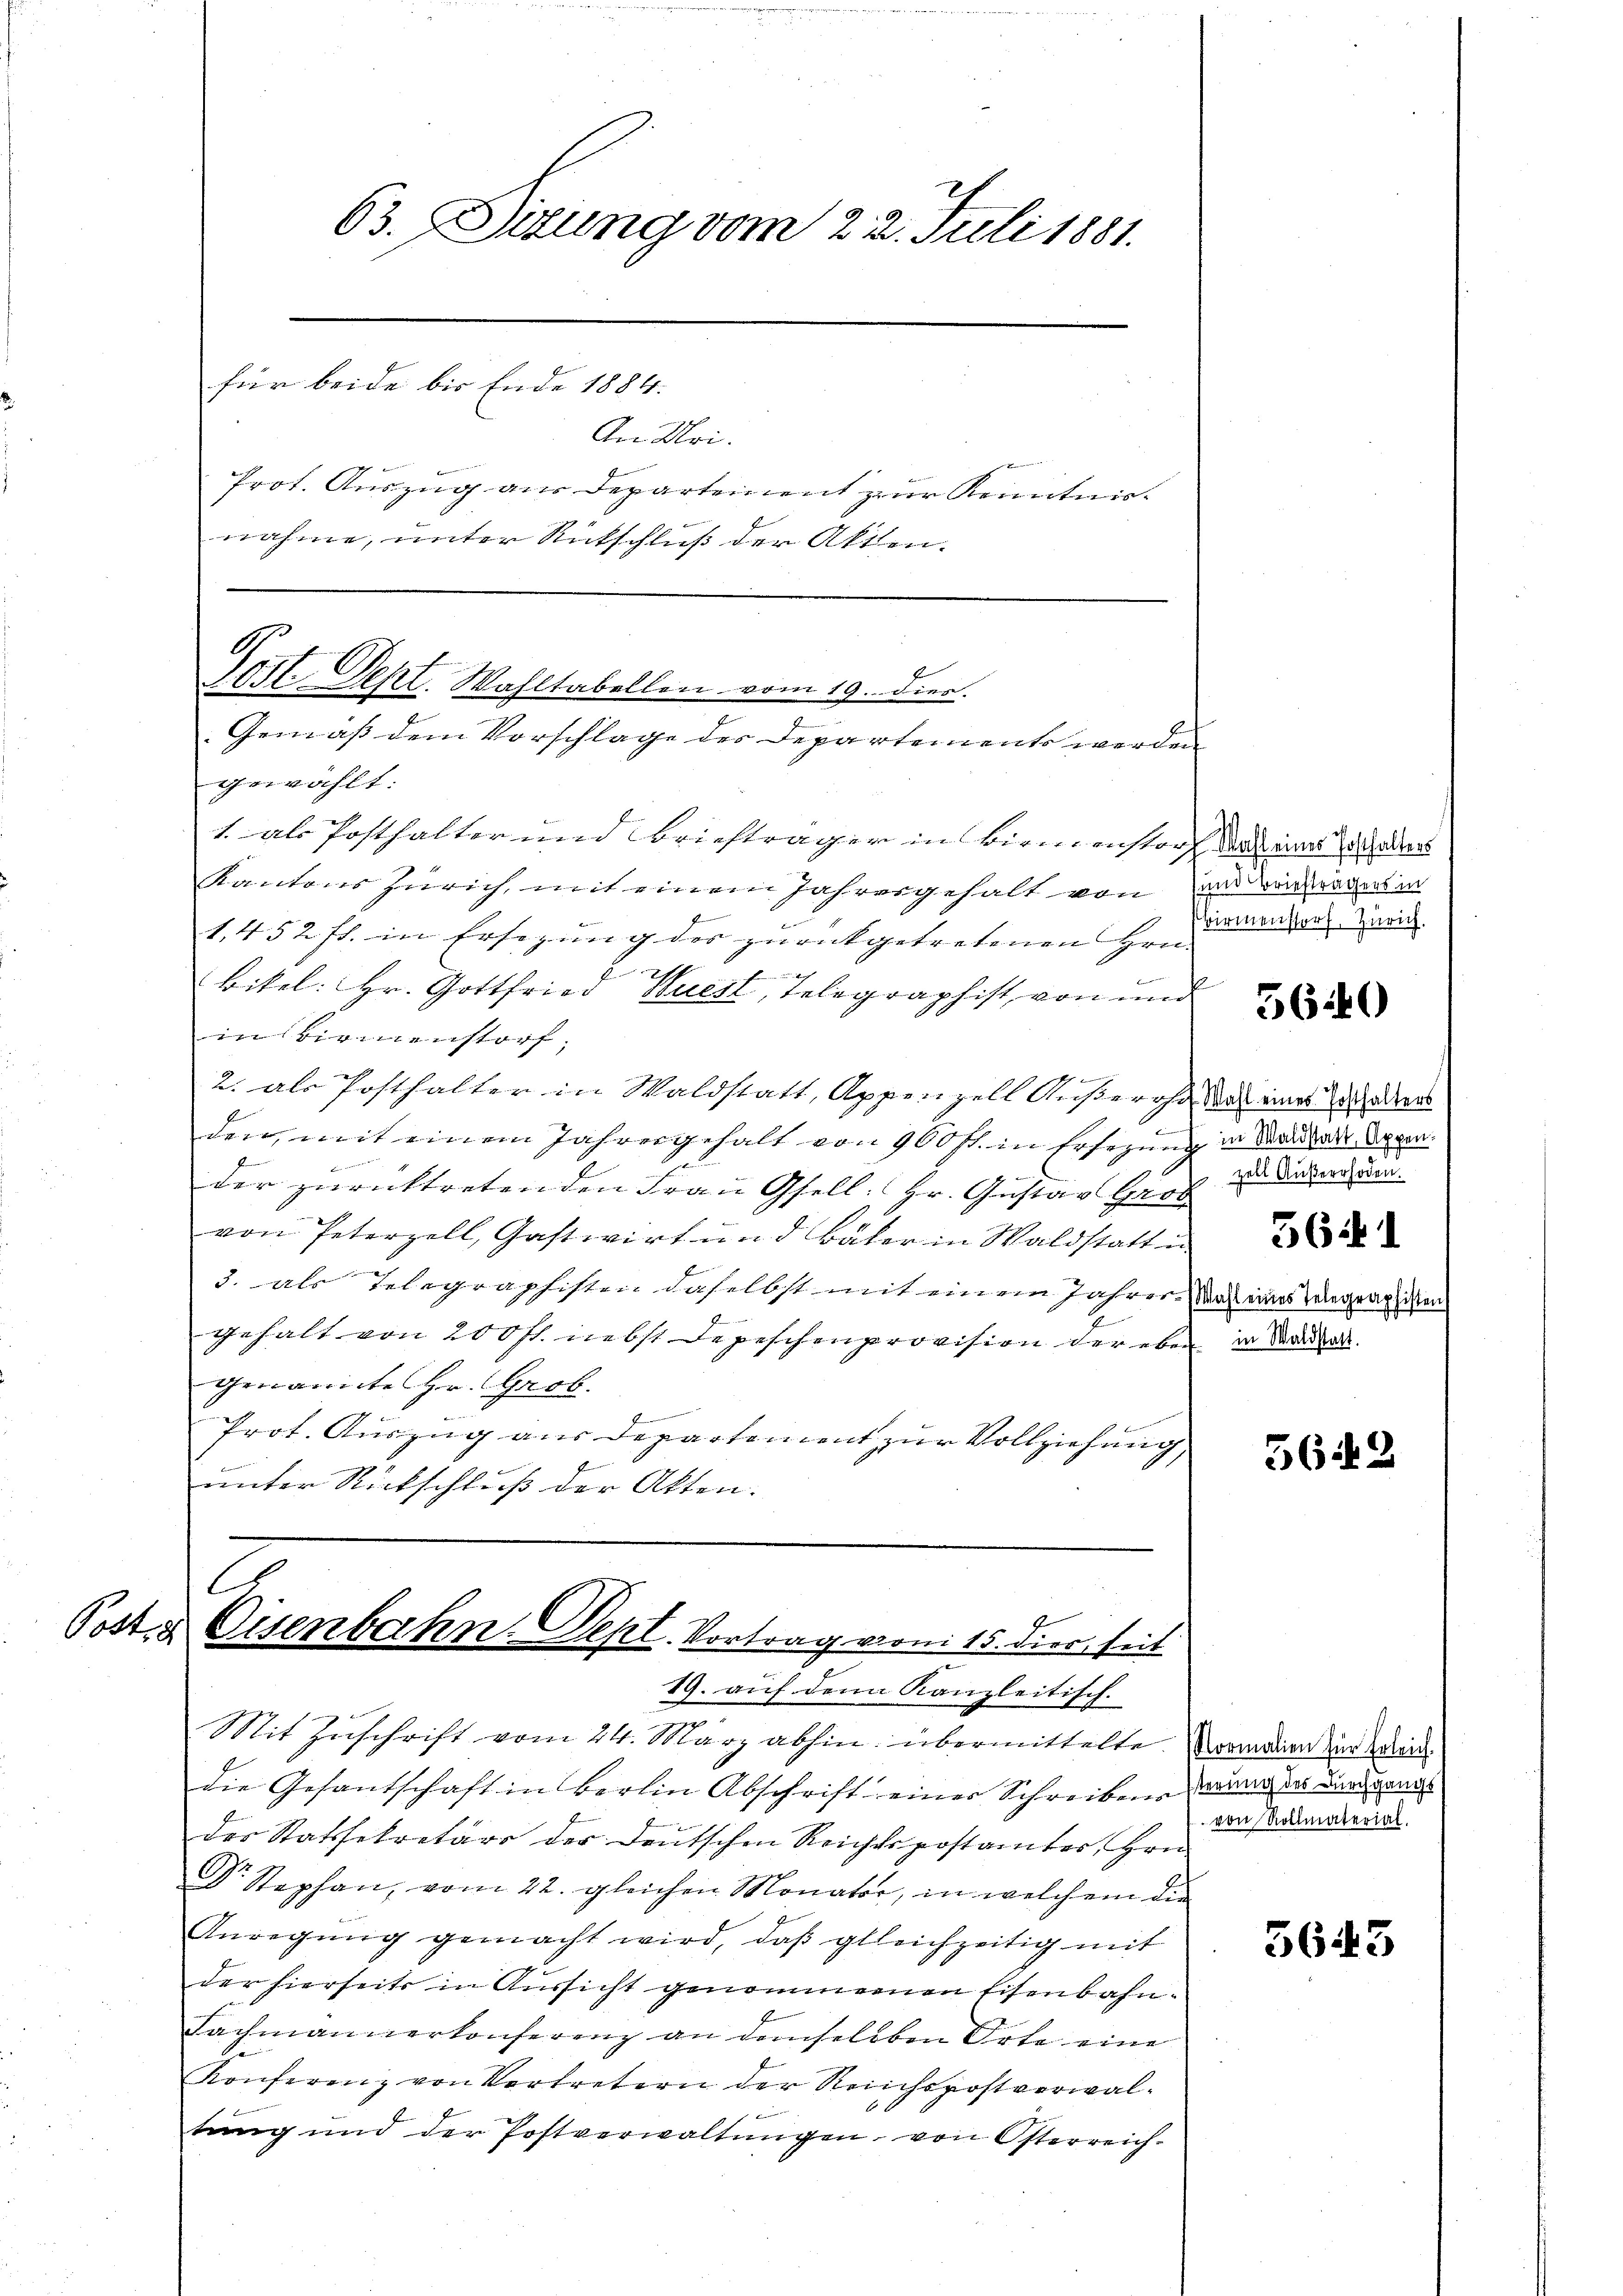
63. Sitzung vom 22. Juli 1881.
für beide bis Ende 1884.
An Uri.
Prot. Auszug aus Departement zur Kenntnisnahme, unter Rutschluß der Akten.

G
E
Sost. Sept. Wahltabellen vom 19. dies.
Gemäß dem Vorschlage des Departements werden
gewählt:

1. als Posthalter und Briefträger in Birmenstorf das eines allers
Kantons Zürich, mit einem Jahresgehalt von und verträgers in
2
1.452 ff. in Ersezung der zurückgetretenen Hrn.
ift
Bitel: Hr. Gottfried Buest, Telegraphist, von und
in Birmenstorf,

2. als Posthalter in Waldstatt, Appenzell Außerost, das eines Vaters
e
den, mit einem Jahresgehalt von 900 fl. in Ersezung in Bandels davon.
der zurücktretenden Frau Gfell: Hr. Gustav Gros zu das werden.
von Peterzell, Gastwirt und Bäker in Waldstatt in
3. als Telegraphisten daselbst mit einem Jahren Dach eines Wegraphisten
gehalt von 200 fl. nebst Depeschenprovision der eben in Mariel
genannte Hr. Grob.
Prot. Auszug aus Departement zur Vollziehung
unter Rückschluß der Akten.

C.
i
Post & Eisenbahn. Sept. Vortrag von 15. dies, seit
19. auf denn Kanzleitisch.

Mit Zuschrift vom 24. März abhin übermittelte Wandern der Weid
die Gesantschaft in Berlin Abschrift einer Schreibenswang des Bunden
der Statssekretärs der Deutschen Reichtspostamtes Hrn.
Dr. Stephan, vom 22. gleichen Monator, in welchem die
Anregung gemacht wird, daß gleichzeitig mit
der hierseits in Aussicht genommenen Eisenbahn¬
Fachmannerkonferenz an demselben Orte eine
Konferenz von Vertretern der Reichspostverwaltung und der Postverwaltungen, von Österreich¬

wirmenstorf, Zürich.

5640

5641

5642

von Rollmaterial.

5643